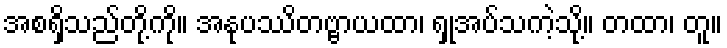
အစရှိသည်တို့ကို။ အနုပဿိတဗ္ဗာယထာ၊ ရှုအပ်သကဲ့သို့။ တထာ၊ တူ။